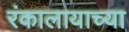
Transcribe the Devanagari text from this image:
रंकालायाच्या